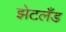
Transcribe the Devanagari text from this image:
झेटलँड